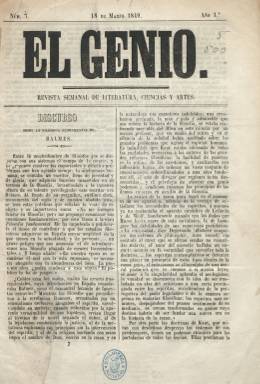
Título: El Genio (Algeciras)
Colección: Cultura
Ámbito geográfico: Cádiz
Lugar de publicación: Algeciras (Cádiz)
Fechas: 18/03/1849-15/04/1849

Esta “revista semanal de literatura, ciencias y artes” debió de comenzar a principios del mes de febrero de 1849, siendo autorizada su publicación por el gobernador civil de Cádiz el día uno de ese mes, como continuación de El Espejo, del que nada se sabe. Estampada en la imprenta a cargo de Rafael Contilló, sus entregas son de ocho páginas (con foliación continuada) compuestas a dos columnas, y puede tratarse de la primera revista de carácter exclusivamente literario de la ciudad de Algeciras, editada en pleno movimiento romántico y costumbrista español.

La colección de la Biblioteca Nacional de España contiene sólo tres números de este título, en los que se publican artículos, generalmente por entregas, como Discurso sobre la filosofía fundamental de Balmes, firmado por Juan María Ortí; Recuerdos de un médico, de Francisco Contilló (probablemente familiar del impresor); Sobre la Odisea, de Manuel Rodríguez Berlanga, o traducciones, como Enriqueta de Balzac, traducido por M. de Muro, o Viaje del Puerto de Sisiran, de Francisco Antonio Mourelle.

Como las demás publicaciones de este carácter y de esta época, sus páginas dan cabida también a la producción en verso, y aparecen composiciones de Carolina Coronado (Sobre la guerra), José Moreno Mazón, o un poema que Gertrudis G. de Avellaneda de Sabater iba a declamar en el Liceo Artístico y Literario de Madrid. Otros colaboradores de la revista fueron Tomás Rodríguez Rubí y Antonio Arias y Calvente.

Publica también una Revista semanal dedicada al teatro, firmada por Buenaventura Ruiz. Asimismo, bajo el epígrafe El Liceo, da cuenta de las actividades culturales de un Círculo Recreativo, constituido en esas fechas en Algeciras.

Según La prensa de Algeciras, 1805-1905, de Alberto Sanz Trelles (1989), la empresa de El Genio editó también un boletín de anuncios bajo el título El Avisador, de una hoja, con un parte oficial y comunicados. Otra referencia para la prensa de esta ciudad es el trabajo La imprenta algecireña durante el siglo XIX, de José Luis Gómez Barceló.